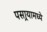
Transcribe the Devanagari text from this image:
पसार्‍यामध्ये